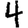
Digit: 4